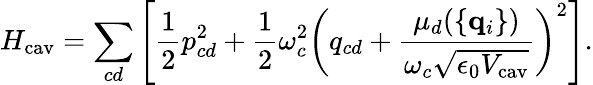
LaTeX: H_{\mathrm{cav}}=\sum_{cd}\left[{\frac{1}{2}}{p}_{cd}^{2}+{\frac{1}{2}}\omega_{c}^{2}\left({q}_{cd}+{\frac{\mu_{d}(\{ {\mathbf q}_{i}\} )}{\omega_{c}\sqrt{\epsilon_{0}V_{\mathrm{cav}}}}}\right)^{2}\right].